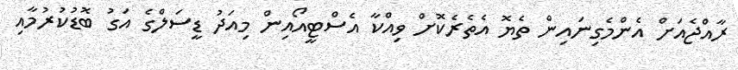
ރާއްޖެއަށް އެންމެގިނައިން ތެޔޮ އެތެރެކޮށް ވިއްކާ އެސްޓީއޯއިން މިއަދު ޑީސަލްގެ އަގު ބޮޑުކުރުމާއި